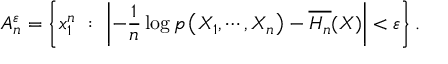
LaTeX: A _ { n } ^ { \varepsilon } = \left\{ x _ { 1 } ^ { n } \ : \ \left| - { \frac { 1 } { n } } \log p \left( X _ { 1 } , \cdots , X _ { n } \right) - { \overline { { H _ { n } } } } ( X ) \right| < \varepsilon \right\} .